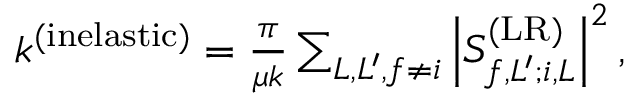
\begin{array} { r } { k ^ { ( \mathrm { i n e l a s t i c } ) } = \frac { \pi } { \mu k } \sum _ { L , L ^ { \prime } , f \neq i } \left| S _ { f , L ^ { \prime } ; i , L } ^ { ( \mathrm { L R } ) } \right| ^ { 2 } , } \end{array}